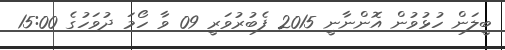
ބީލަން ހުޅުވުން އޮންނާނީ 2015 ފެބުރުވަރީ 09 ވާ ހޯމަ ދުވަހުގެ 15:00